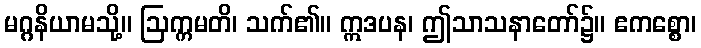
မဂ္ဂနိယာမသို့။ ဩက္ကမတိ၊ သက်၏။ ဣဒပန၊ ဤသာသနာတော်၌။ ဧကစ္စော၊